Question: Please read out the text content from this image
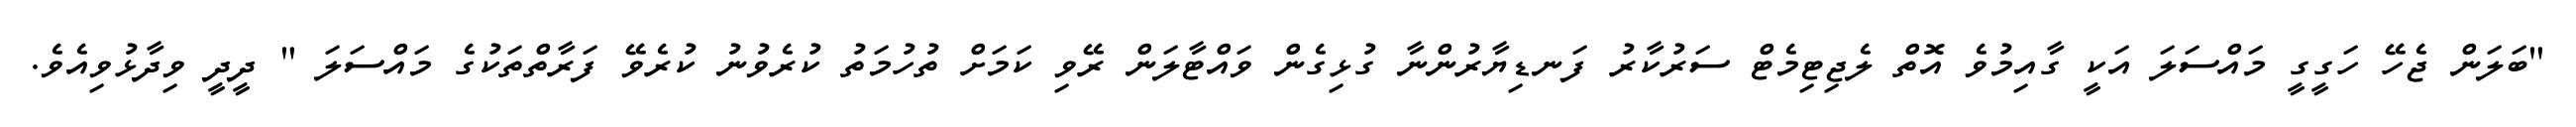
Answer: "ބަލަން ޖެހޭ ހަގީގީ މައްސަލަ އަކީ ގާއިމުވެ އޮތް ލެޖިޓިމެޓް ސަރުކާރު ފަނޑިޔާރުންނާ ގުޅިގެން ވައްޓާލަން ރޭވި ކަމަށް ތުހުމަތު ކުރެވުނު ކުރެވޭ ފަރާތްތަކުގެ މައްސަލަ " ދީދީ ވިދާޅުވިއެވެ.